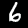
Label: 6